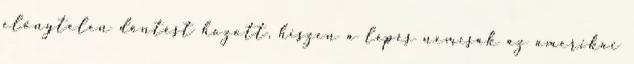
előnytelen döntést hozott, hiszen a lépés nemcsak az amerikai